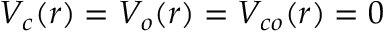
V _ { c } ( r ) = V _ { o } ( r ) = V _ { c o } ( r ) = 0